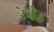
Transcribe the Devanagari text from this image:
रेचेड